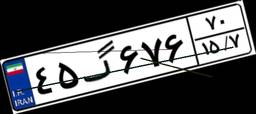
۳۳گ۰۹۹۶۹